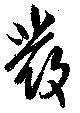
発